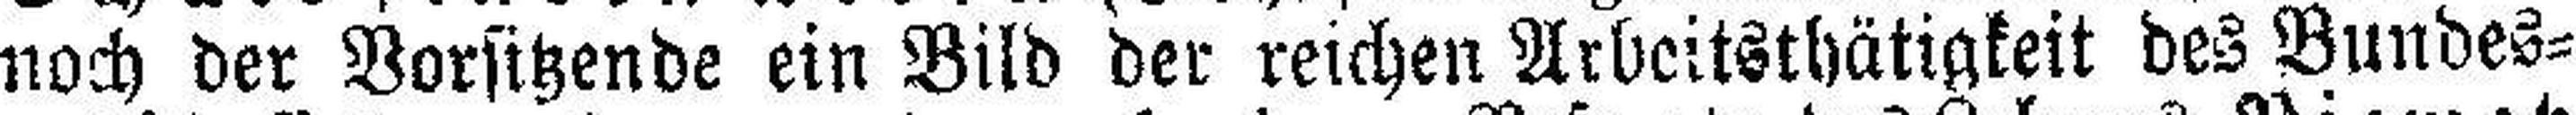
noch der Vorsitzende ein Bild der reichen Arbeitsthätigkeit des Bundes¬